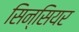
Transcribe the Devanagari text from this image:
सिन्सियर